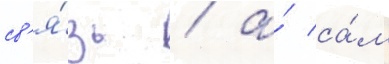
св'я́зь / а́ са́м